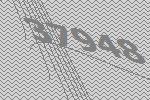
37948